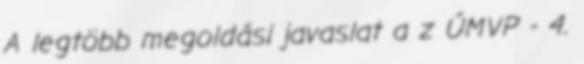
A legtöbb megoldási javaslat a z ÚMVP - 4.